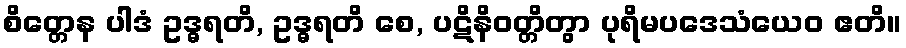
စိတ္တေန ပါဒံ ဥဒ္ဓရတိ, ဥဒ္ဓရတိ စေ, ပဋိနိဝတ္တိတွာ ပုရိမပဒေသံယေဝ ဧတိ။